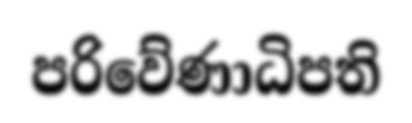
පරිවේණාධිපති